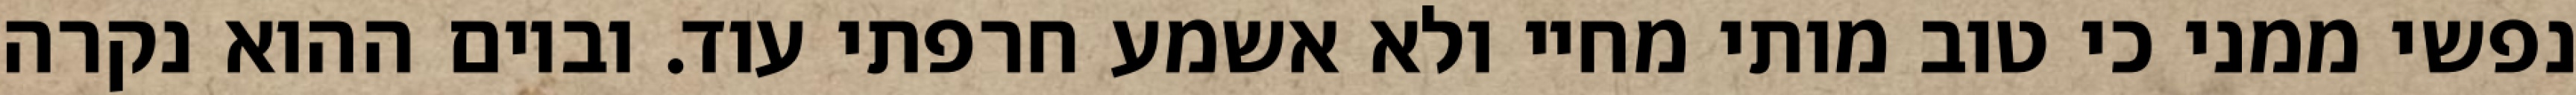
נפשי ממני כי טוב מותי מחיי ולא אשמע חרפתי עוד. וביום ההוא נקרה